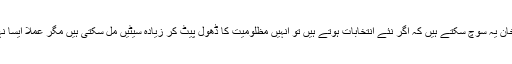
عمران خان یہ سوچ سکتے ہیں کہ اگر نئے انتخابات ہوتے ہیں تو انہیں مظلومیت کا ڈھول پیٹ کر زیادہ سیٹیں مل سکتی ہیں مگر عملاً ایسا نہیں ہوگا۔